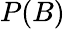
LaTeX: P(B)